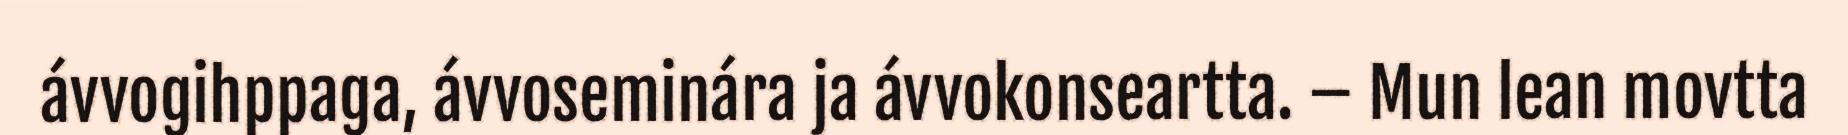
ávvogihppaga, ávvoseminára ja ávvokonseartta. – Mun lean movtta